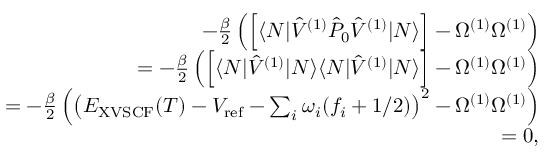
\begin{array} { r l r } & { } & { - \frac { \beta } { 2 } \left( \Big [ \langle N | \hat { V } ^ { ( 1 ) } \hat { P } _ { 0 } \hat { V } ^ { ( 1 ) } | N \rangle \Big ] - \Omega ^ { ( 1 ) } \Omega ^ { ( 1 ) } \right) } \\ & { } & { = - \frac { \beta } { 2 } \left( \Big [ \langle N | \hat { V } ^ { ( 1 ) } | N \rangle \langle N | \hat { V } ^ { ( 1 ) } | N \rangle \Big ] - \Omega ^ { ( 1 ) } \Omega ^ { ( 1 ) } \right) } \\ & { } & { = - \frac { \beta } { 2 } \left( \left( E _ { \mathrm { X V S C F } } ( T ) - V _ { \mathrm { r e f } } - \sum _ { i } \omega _ { i } ( f _ { i } + 1 / 2 ) \right) ^ { 2 } - \Omega ^ { ( 1 ) } \Omega ^ { ( 1 ) } \right) } \\ & { } & { = 0 , } \end{array}